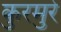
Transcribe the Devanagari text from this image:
कुरमुरे